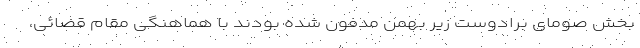
بخش صومای برادوست زیر بهمن مدفون شده بودند با هماهنگی مقام قضائی،